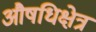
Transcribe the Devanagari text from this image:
औषधिक्षेत्र